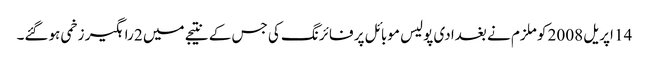
14 اپریل 2008 کو ملزم نے بغدادی پولیس موبائل پر فائرنگ کی جس کے نتیجے میں 2 راہگیر زخمی ہوگئے۔